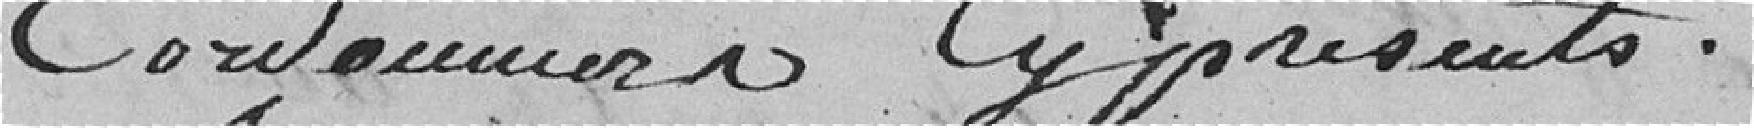
Cordonniers ci-présents